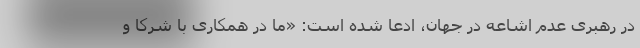
در رهبری عدم اشاعه در جهان، ادعا شده است: «ما در همکاری با شرکا و